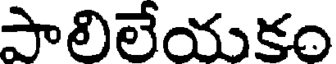
పాలిలేయకం